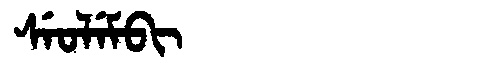
Manchu: ᠰᡝᠣᠯᡝᠮᠪᡳ
Romanization: SEOLEMBI